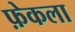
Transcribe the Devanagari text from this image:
फ़ेकला